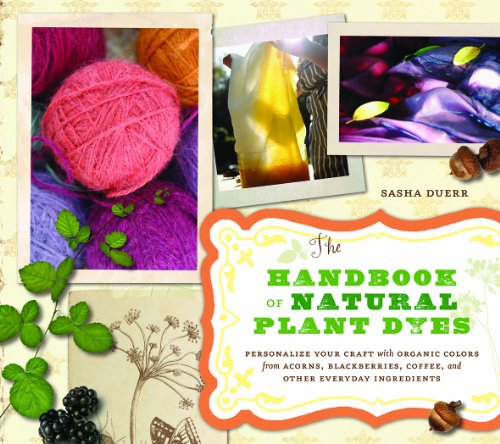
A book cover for The Handbook of Natural Plant Dyes: Personalize Your Craft with Organic Colors from Acorns, Blackberries, Coffee, and Other Everyday Ingredients; Sasha Duerr; Arts & Photography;